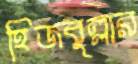
হিজবুল্লার